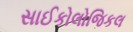
સાઈકોલોજિકલ